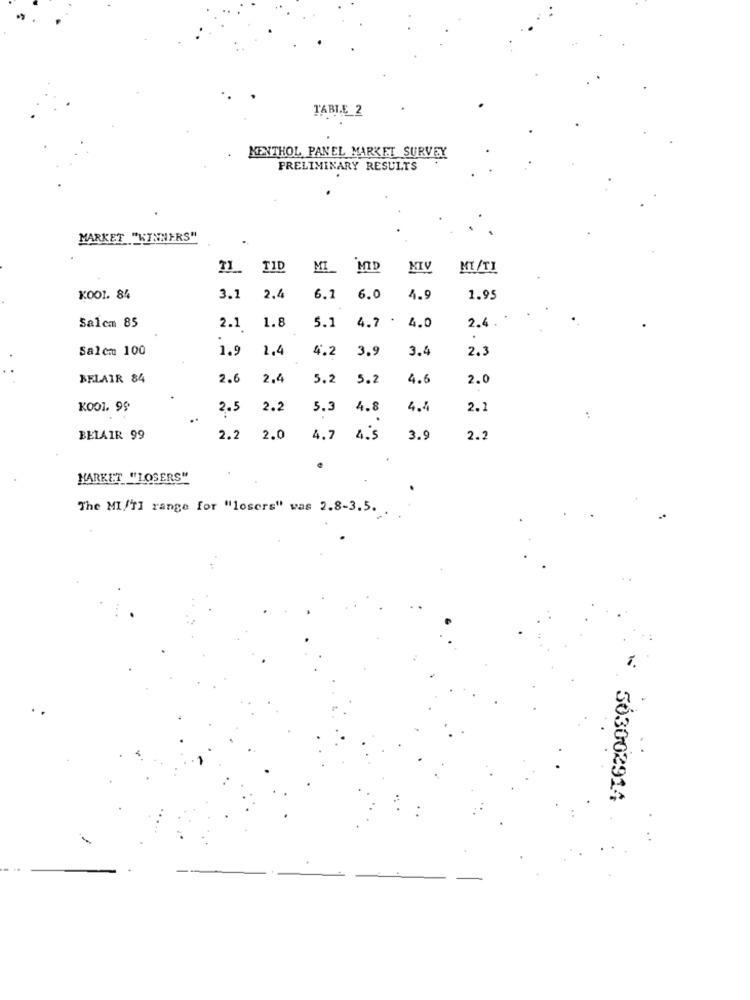
TABLE 2
MENTHOL PANEL MARKET SURVEY
PRELIMINARY RESULTS
MARKET "WINNERS"
IL TID
MI_ MID
KIV
MI/TI
K001. 84
3.1
2.4
6.1
6.0
4.9
1.95
1.8
4.7 .
2.4 .
Salcm 85
2.1
5.1
4.0
Salem 100
1.9
1.4
3.9
3.4
2.3
4.2
BELAIR 84
2.6
2.4
5.2
5.2
4.6
2.0
K001. 99
2.5
2.2
5.3
4.8
4.4
2.2
BELAIR 99
2.2
2.0
4.7
4.5
3.9
2.2
HARKET "LOSERS"
The MI/I] range for "losers" was 2.8-3.5.
1.
563002914